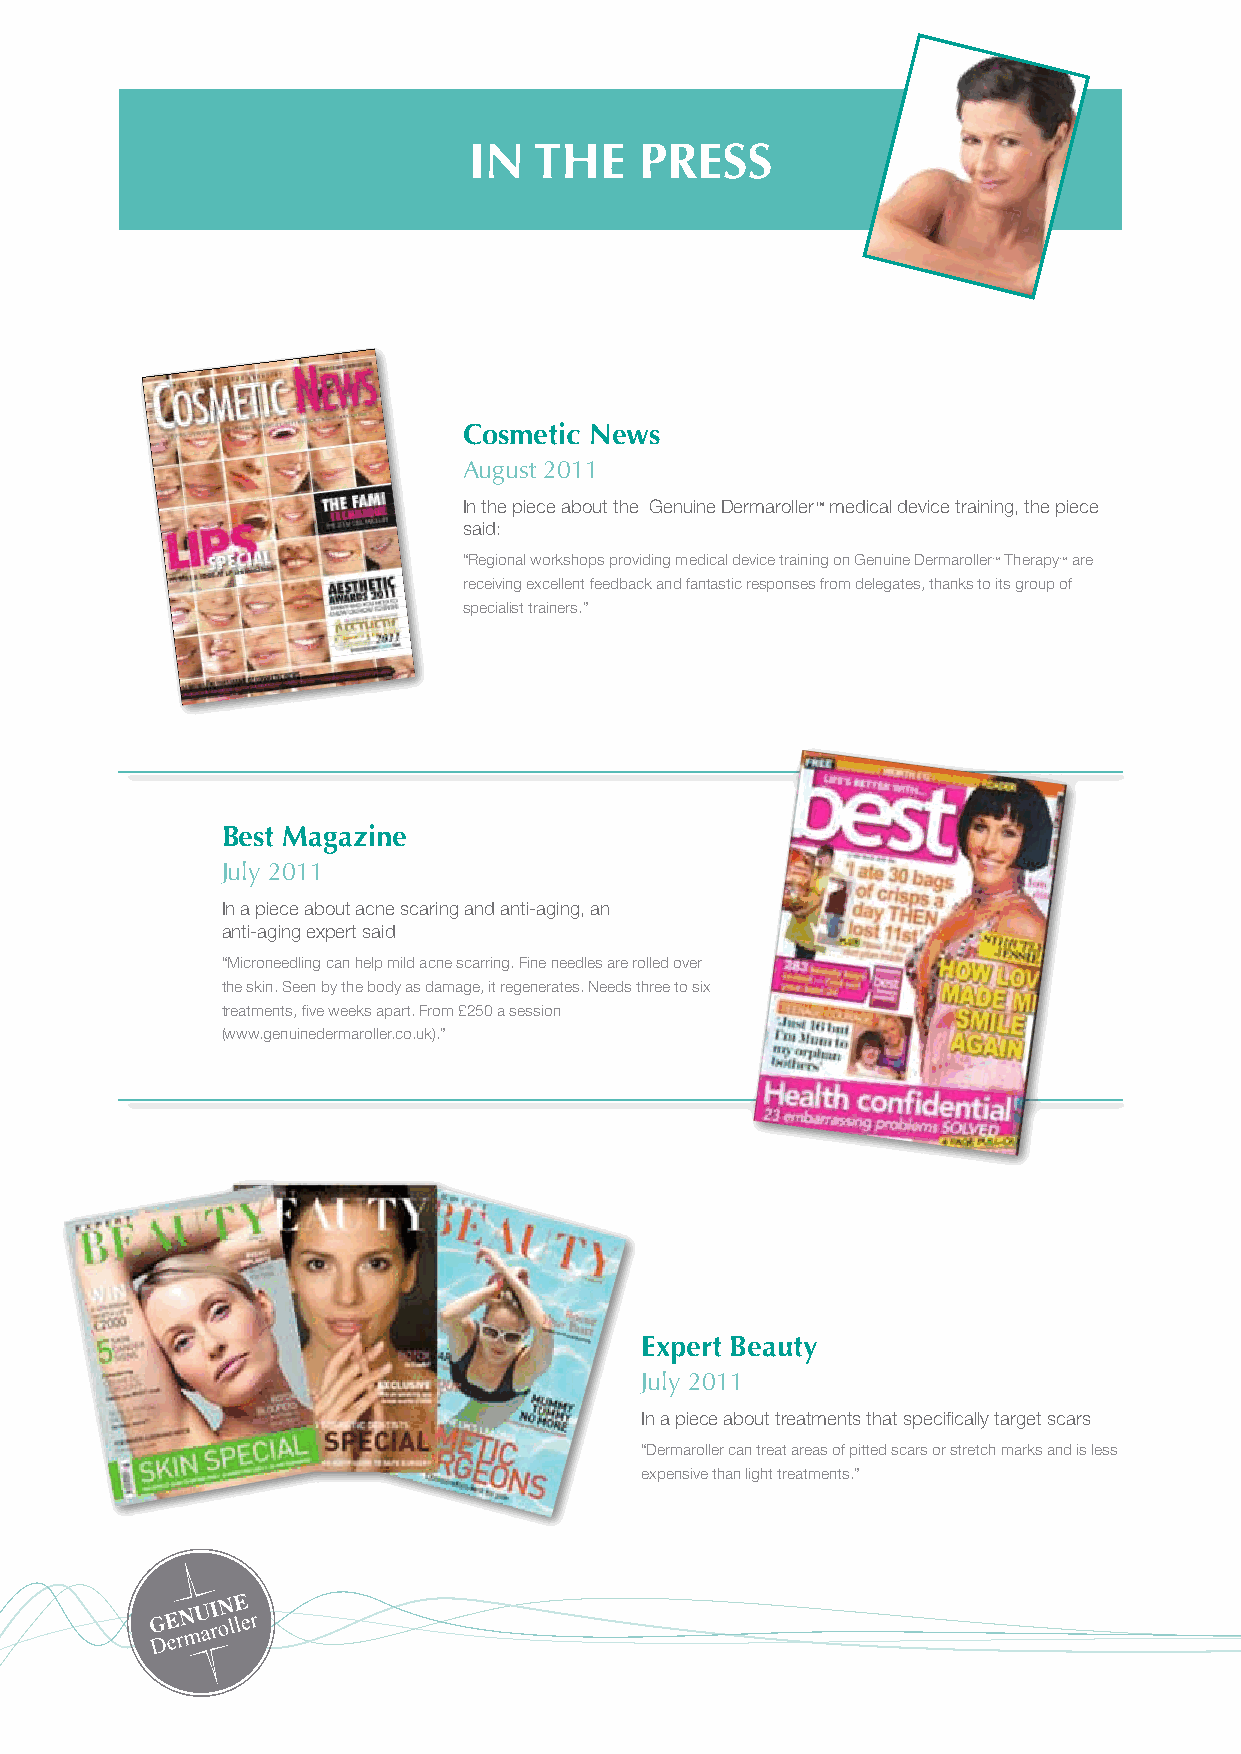
In  the    Press
 T I Ri st esl ae u d: e e:C rAo ss u hm g ipue :st 1i tc 52 N ,0 0e 1 0w 1 0 s
 Cosmetic news
 August 2011
 In the piece about the Genuine Dermaroller™ medical device training, the piece
 said:
 “Regional workshops providing medical device training on Genuine Dermaroller™ Therapy™ are
 receiving excellent feedback and fantastic responses from delegates, thanks to its group of
 specialist trainers.”
 www.azariapr.co.uk
 Best Magazine
 July 2011
 In a piece about acne scaring and anti-aging, an
 anti-aging expert said
 “Microneedling can help mild acne scarring. Fine needles are rolled over
 the skin. Seen by the body as damage, it regenerates. Needs three to six
 treatments, five weeks apart. From £250 a session
 (www.genuinedermaroller.co.uk).”
 expert Beauty
 July 2011
 In a piece about treatments that specifically target scars
 “Dermaroller can treat areas of pitted scars or stretch marks and is less
 expensive than light treatments.”